Civil Veterinary Department Bengal reports 1923-33 - 1923-1933
Year: 1923
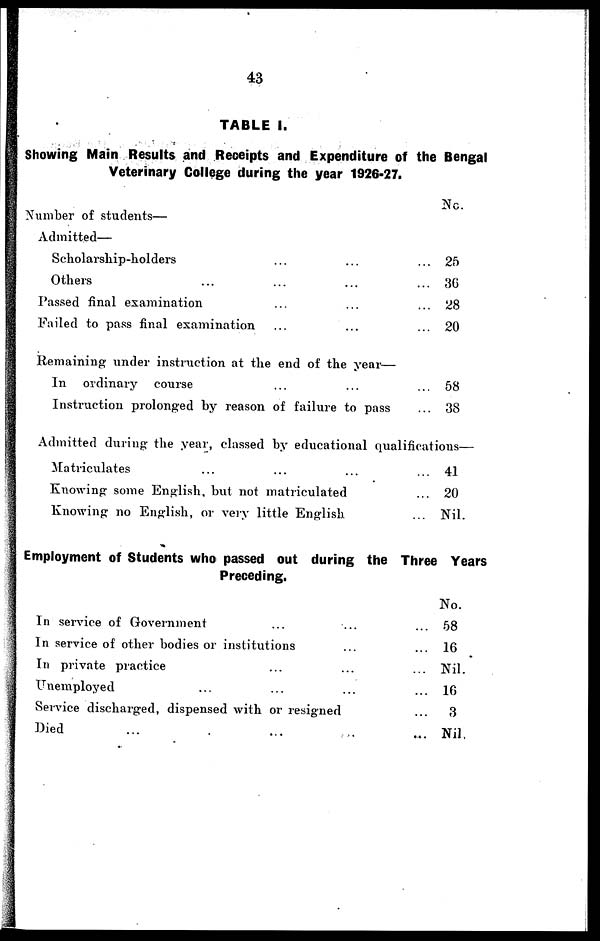
43
TABLE I.
Showing Main Results and Reoeipts and Expenditure of the Bengal
Veterinary College during the year 1926-27.
Number of students—
Admitted—
Scholarship-holders ... ...
Others ... ... ...
Passed final examination ... ...
Failed to pass final examination ... ...
Remaining under instruction at the end of the year—
In ordinary course ... ...
Instruction prolonged by reason of failure to pass
...
...
...
...
...
...
No.
25
36
28
20
58
38
Admitted during the year, classed by educational qualifications—
Matriculates ... ... ...
Knowing some English, but not matriculated
Knowing no English, or very little English
...
...
...
41
20
Nil.
Employment of Students who passed out during the Three Years
Preceding.
In service of Government ... ...
In service of other bodies or institutions...
In private practice ... ...
Unemployed ... ...
Service discharged, dispensed with or resigned
Died ... ...
...
...
...
...
...
...
No.
58
16
Nil.
10
3
Nil.